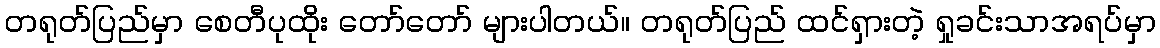
တရုတ်ပြည်မှာ စေတီပုထိုး တော်တော် များပါတယ်။ တရုတ်ပြည် ထင်ရှားတဲ့ ရှုခင်းသာအရပ်မှာ